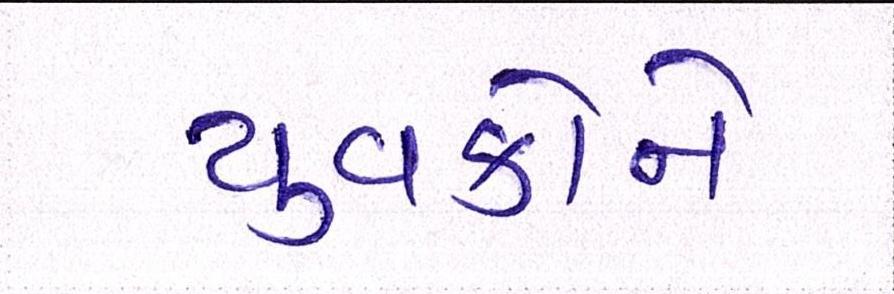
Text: યુવકોને